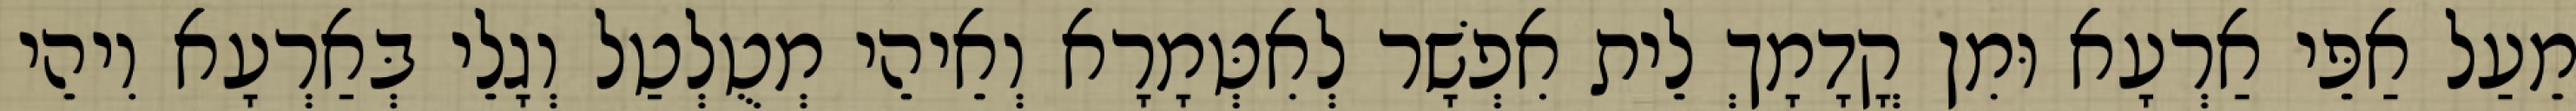
מֵעַל אַפֵּי אַרְעָא וּמִן קֳדָמָךְ לֵית אִפְשָׁר לְאִטְּמָרָא וְאֵיהֵי מְטֻלְטַל וְגָלֵי בְּאַרְעָא וִיהֵי